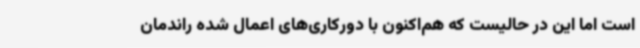
است اما این در حالیست که هم‌اکنون با دورکاری‌های اعمال شده راندمان